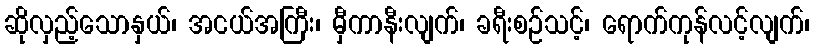
ဆိုလှည့်သောနှယ်၊ အငယ်အကြီး၊ မှီကာနီးလျက်၊ ခရီးစဉ်သင့်၊ ရောက်ကုန်လင့်လျက်၊